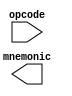
module disas(
    input [7:0] opcode,
    output reg [23:0] mnemonic );

`ifdef SIM

always @*
    casez( opcode )
            8'b0000_0000: mnemonic = "BRK";
            8'b0000_1000: mnemonic = "PHP";
            8'b0001_0010: mnemonic = "ORA";
            8'b0011_0010: mnemonic = "AND";
            8'b0101_0010: mnemonic = "EOR";
            8'b0111_0010: mnemonic = "ADC";
            8'b1001_0010: mnemonic = "STA";
            8'b1011_0010: mnemonic = "LDA";
            8'b1101_0010: mnemonic = "CMP";
            8'b1111_0010: mnemonic = "SBC";
            8'b011?_0100: mnemonic = "STZ";
            8'b1001_11?0: mnemonic = "STZ";
            8'b0101_1010: mnemonic = "PHY";
            8'b1101_1010: mnemonic = "PHX";
            8'b0111_1010: mnemonic = "PLY";
            8'b1111_1010: mnemonic = "PLX";
            8'b000?_??01: mnemonic = "ORA";
            8'b0001_0000: mnemonic = "BPL";
            8'b0001_1010: mnemonic = "INA";
            8'b000?_??10: mnemonic = "ASL";
            8'b0001_1000: mnemonic = "CLC";
            8'b0010_0000: mnemonic = "JSR";
            8'b0010_1000: mnemonic = "PLP";
            8'b001?_?100: mnemonic = "BIT";
            8'b1000_1001: mnemonic = "BIT";
            8'b001?_??01: mnemonic = "AND";
            8'b0011_0000: mnemonic = "BMI";
            8'b0011_1010: mnemonic = "DEA";
            8'b001?_??10: mnemonic = "ROL";
            8'b0011_1000: mnemonic = "SEC";
            8'b0100_0000: mnemonic = "RTI";
            8'b0100_1000: mnemonic = "PHA";
            8'b010?_??01: mnemonic = "EOR";
            8'b0101_0000: mnemonic = "BVC";
            8'b010?_??10: mnemonic = "LSR";
            8'b0101_1000: mnemonic = "CLI";
            8'b01??_1100: mnemonic = "JMP";
            8'b0110_0000: mnemonic = "RTS";
            8'b0110_1000: mnemonic = "PLA";
            8'b011?_??01: mnemonic = "ADC";
            8'b0111_0000: mnemonic = "BVS";
            8'b011?_??10: mnemonic = "ROR";
            8'b0111_1000: mnemonic = "SEI";
            8'b1000_0000: mnemonic = "BRA";
            8'b1000_1000: mnemonic = "DEY";
            8'b1000_?100: mnemonic = "STY";
            8'b1001_0100: mnemonic = "STY";
            8'b1000_1010: mnemonic = "TXA";
            8'b1001_0010: mnemonic = "STA";
            8'b100?_??01: mnemonic = "STA";
            8'b1001_0000: mnemonic = "BCC";
            8'b1001_1000: mnemonic = "TYA";
            8'b1001_1010: mnemonic = "TXS";
            8'b100?_?110: mnemonic = "STX";
            8'b1010_0000: mnemonic = "LDY";
            8'b1010_1000: mnemonic = "TAY";
            8'b1010_1010: mnemonic = "TAX";
            8'b101?_??01: mnemonic = "LDA";
            8'b1011_0000: mnemonic = "BCS";
            8'b101?_?100: mnemonic = "LDY";
            8'b1011_1000: mnemonic = "CLV";
            8'b1011_1010: mnemonic = "TSX";
            8'b101?_?110: mnemonic = "LDX";
            8'b1010_0010: mnemonic = "LDX";
            8'b1100_0000: mnemonic = "CPY";
            8'b1100_1000: mnemonic = "INY";
            8'b1100_?100: mnemonic = "CPY";
            8'b1100_1010: mnemonic = "DEX";
            8'b110?_??01: mnemonic = "CMP";
            8'b1101_0000: mnemonic = "BNE";
            8'b1101_1000: mnemonic = "CLD";
            8'b110?_?110: mnemonic = "DEC";
            8'b1110_0000: mnemonic = "CPX";
            8'b1110_1000: mnemonic = "INX";
            8'b1110_?100: mnemonic = "CPX";
            8'b1110_1010: mnemonic = "NOP";
            8'b111?_??01: mnemonic = "SBC";
            8'b1111_0000: mnemonic = "BEQ";
            8'b1111_1000: mnemonic = "SED";
            8'b111?_?110: mnemonic = "INC";
            8'b1101_1011: mnemonic = "STP";
            8'b0000_?100: mnemonic = "TSB";
            8'b0001_?100: mnemonic = "TRB";

            8'b0000_1111: mnemonic = "CPU";     // CPU features
            8'b0001_1111: mnemonic = "A24";     // 24-bit address bus

            8'b0000_0011: mnemonic = "THR";     // Switch to THRead Y
            8'b0001_0011: mnemonic = "THW";     // Switch to THRead Y
            8'b0010_0011: mnemonic = "THY";     // THRead index to Y
            8'b0011_0011: mnemonic = "THI";     // Initialize THRead PC[Y] PC24
            8'b0100_0011: mnemonic = "TTA";     // Copy register A[Y] to A[T]
            8'b0101_0011: mnemonic = "TAT";     // Copy register A[T] to A[Y]
            8'b0110_0011: mnemonic = "TTS";     // Copy register S[Y] to X
            8'b0111_0011: mnemonic = "TST";     // Copy register X to S[Y]
            8'b1111_0011: mnemonic = "_T_";     // NOP where the CPU gets ready to run the next thread

            default:      mnemonic = "___";
    endcase

`endif

endmodule